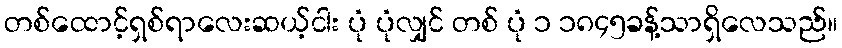
တစ်ထောင့်ရှစ်ရာလေးဆယ့်ငါး ပုံ ပုံလျှင် တစ် ပုံ ၁ ၁၈၄၅ခန့်သာရှိလေသည်။